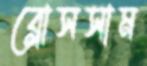
ব্লোসসাম